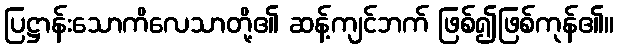
ပြဋ္ဌာန်းသောကိလေသာတို့၏ ဆန့်ကျင်ဘက် ဖြစ်၍ဖြစ်ကုန်၏။